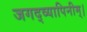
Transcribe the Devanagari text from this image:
जगद्व्यापिनीम्।